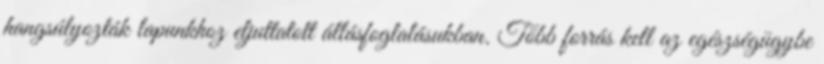
hangsúlyozták lapunkhoz eljuttatott állásfoglalásukban. Több forrás kell az egészségügybe